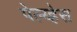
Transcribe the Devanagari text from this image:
पेल्य्हेस